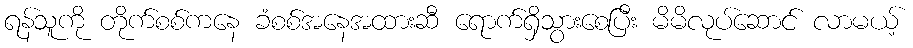
ရန်သူကို တိုက်စစ်ကနေ ခံစစ်အနေအထားဆီ ရောက်ရှိသွားစေပြီး မိမိလုပ်ဆောင် လာမယ့်